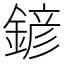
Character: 𨩱